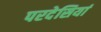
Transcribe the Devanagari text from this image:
परदेसियां